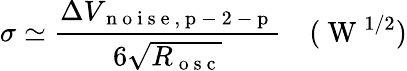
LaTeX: \sigma\simeq\frac{\Delta V_{\mathrm{~n~o~i~s~e~,~p~-~2~-~p~}}}{6\sqrt{R_{\mathrm{~o~s~c~}}}}\quad(\mathrm{~W~}^{1/2})